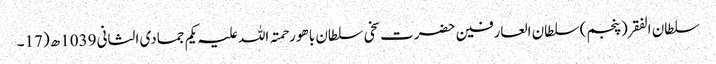
سلطان الفقر(پنجم) سلطان العارفین حضرت سخی سلطان باھو رحمتہ اللہ علیہ یکم جمادی الثانی 1039ھ (17۔